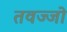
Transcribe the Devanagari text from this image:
तवज्‍जो